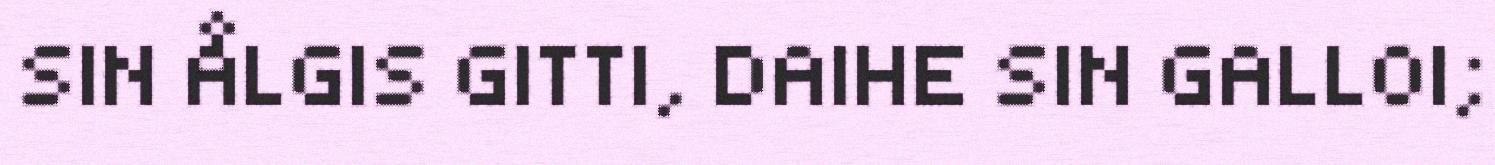
SIN ÅLGIS GITTI, DAIHE SIN GALLOI;